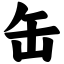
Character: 缶